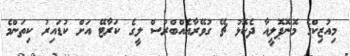
މިއުޒިކްގެ މޮނޮޕޮލީއާ ދެކޮޅު ޗޭ ގުވޭރާއެއްބްރުސް ލީގެ ކަރާޓޭ އަށް ކުޑައިރު ކިތަންމެ